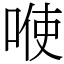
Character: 𭈓